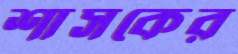
শাসকের